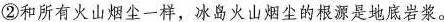
②和所有火山烟尘一样，冰岛火山烟尘的根源是地底岩浆。